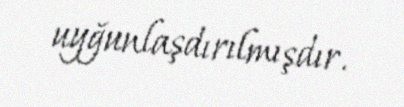
uyğunlaşdırılmışdır.